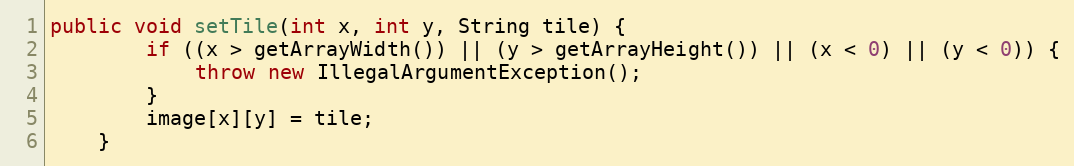
Language: Java
public void setTile(int x, int y, String tile) {
        if ((x > getArrayWidth()) || (y > getArrayHeight()) || (x < 0) || (y < 0)) {
            throw new IllegalArgumentException();
        }
        image[x][y] = tile;
    }